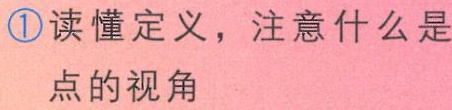
\textcircled{1}读懂定义，注意什么是
点的视角